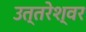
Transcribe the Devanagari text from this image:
उत्तरेश्‍वर